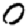
Digit: 0